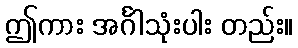
ဤကား အင်္ဂါသုံးပါး တည်း။